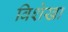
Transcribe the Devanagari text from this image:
विशेखा